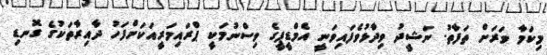
މިކަމާ ވަރަށް ތަފާތު. ނަޝީދު ވިދާޅުވެފައިވަނީ އެމްޑީޕީގެ ވިސްނުމަކީ ޕްރައިމަރީއަކަށްފަހު ދާއިރާތަކުގެ ގޮނޑި